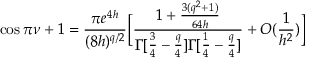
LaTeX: \cos \pi \nu + 1 = \frac { \pi e ^ { 4 h } } { ( 8 h ) ^ { q / 2 } } \bigg [ \frac { 1 + \frac { 3 ( q ^ { 2 } + 1 ) } { 6 4 h } } { \Gamma [ \frac { 3 } { 4 } - \frac { q } { 4 } ] \Gamma [ \frac { 1 } { 4 } - \frac { q } { 4 } ] } + O ( \frac { 1 } { h ^ { 2 } } ) \bigg ]